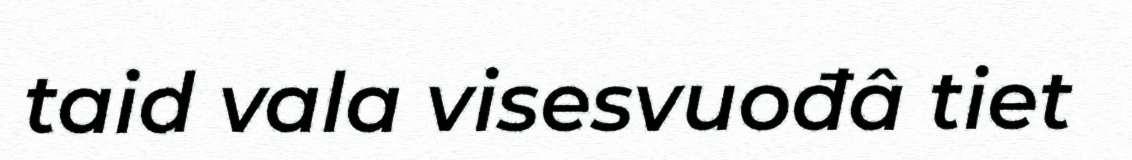
taid vala visesvuođâ tiet